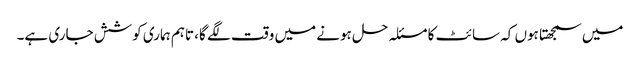
میں سمجھتا ہوں کہ سائٹ کا مسئلہ حل ہونے میں وقت لگے گا، تاہم ہماری کوشش جاری ہے۔